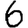
Digit: 6